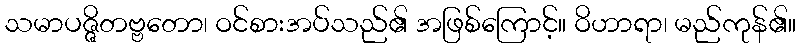
သမာပဇ္ဇိတဗ္ဗတော၊ ဝင်စားအပ်သည်၏ အဖြစ်ကြောင့်။ ဝိဟာရာ၊ မည်ကုန်၏။